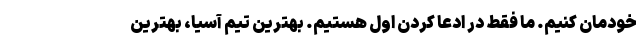
خودمان کنیم. ما فقط در ادعا کردن اول هستیم. بهترین تیم آسیا، بهترین